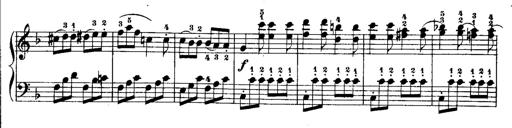
Title: Rondos and Sonatinas for Pianoforte
Composer: Daniel Steibelt